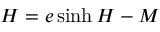
H = e \sinh H - M